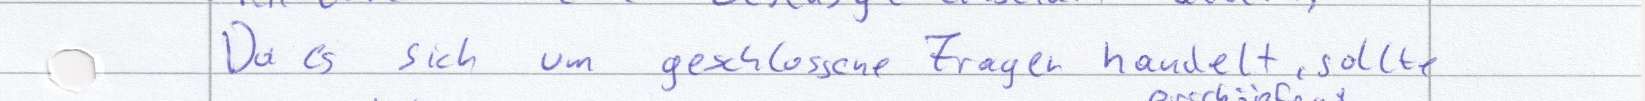
Da es sich um geschlossene Fragen handelt, sollte